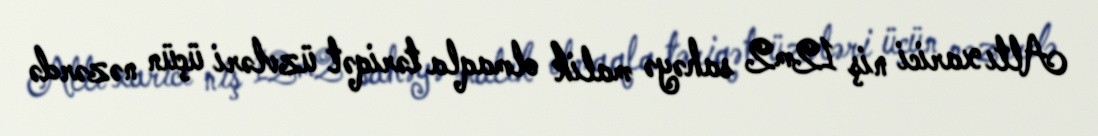
Altı xarici niş 12m2 sahəyə malik olmaqla təriqət üzvləri üçün nəzərdə